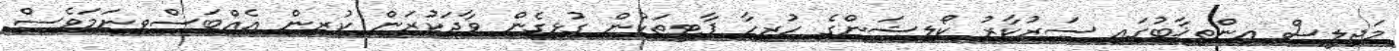
މަޖިލީސް އިންތިޚާބުގައި ސަރުކާރު ކޯލިޝަންގެ ހުރިހާ ޕާޓީތަކުން ގުޅިގެން ވާދަކުރަން ކުރިން އެއްބަސްވިނަމަވެސް